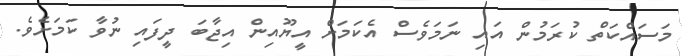
މަސައްކަތް ކުރަމުން އައި ނަމަވެސް އެކަމަށް އީޔޫއިން އިޖާބަ ދީފައި ނުވާ ކަމަށެވެ.